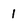
Character: l